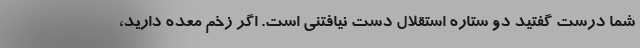
شما درست گفتید دو ستاره استقلال دست نیافتنی است. اگر زخم معده دارید،